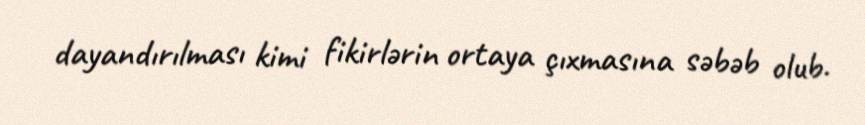
dayandırılması kimi fikirlərin ortaya çıxmasına səbəb olub.